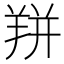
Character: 𰭙